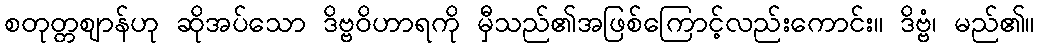
စတုတ္တဈာန်ဟု ဆိုအပ်သော ဒိဗ္ဗဝိဟာရကို မှီသည်၏အဖြစ်ကြောင့်လည်းကောင်း။ ဒိဗ္ဗံ၊ မည်၏။